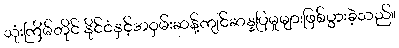
သုံးကြိမ်တိုင် နိုင်ငံနှင့်အဝှမ်းဆန့်ကျင်ဆန္ဒပြမှုများဖြစ်ပွားခဲ့သည်။